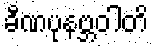
ခီဏပုနဗ္ဘဝါတိ